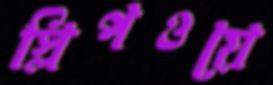
স্লিপওয়ে